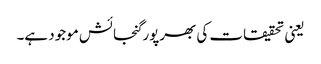
یعنی تحقیقات کی بھرپور گنجائش موجود ہے۔